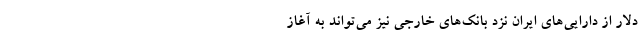
دلار از دارایی‌های ایران نزد بانک‌های خارجی نیز می‌تواند به آغاز